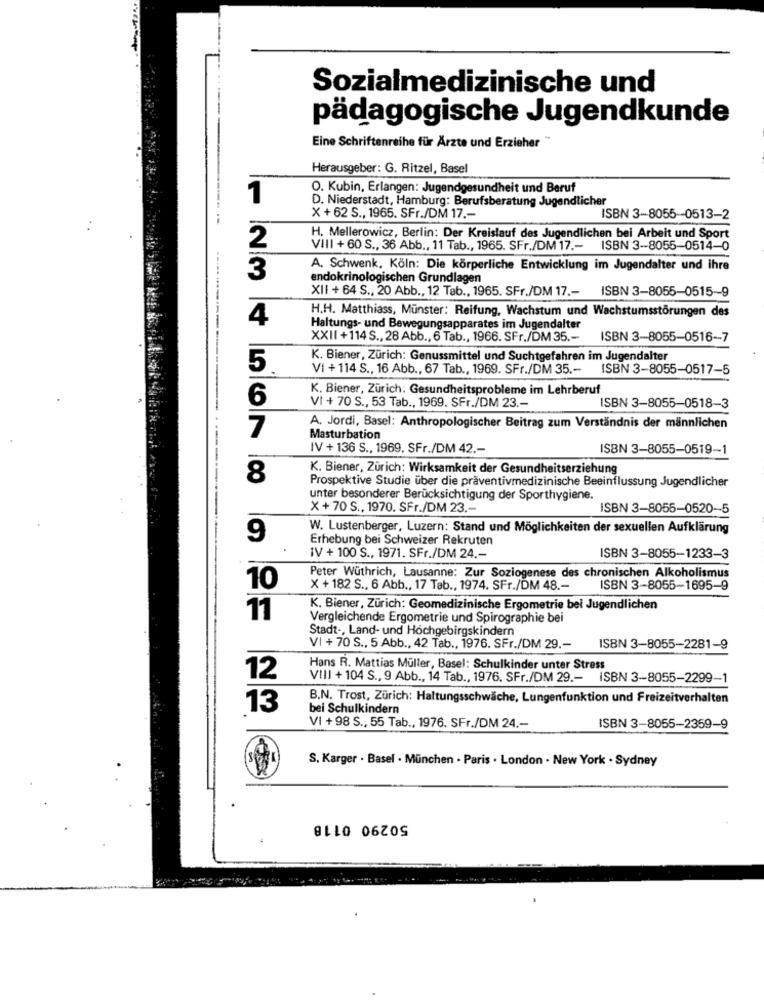
Sozialmedizinische und
pädagogische Jugendkunde
Eine Schriftenreihe für Ärzte und Erzieher **
Herausgeber: G. Ritzel, Basel
O. Kubin, Erlangen: Jugendgesundheit und Beruf
1
D. Niederstadt, Hamburg: Berufsberatung Jugendlicher
X +62 S ., 1965. SFr./DM 17 .-
ISBN 3-8055-0513-2
2
H. Mellerowicz, Berlin: Der Kreislauf des Jugendlichen bei Arbeit und Sport
VIII + 60 S ., 36 Abb ., 11 Tab ., 1965. SFr./DM 17 .- ISBN 3-8055-0514-0
3
A. Schwenk, Köln: Die körperliche Entwicklung im Jugendalter und ihre
endokrinologischen Grundlagen
XII + 64 S ., 20 Abb ., 12 Tab ., 1965. SFr./DM 17 .- ISBN 3-8055-0515-9
H.H. Matthiass, Münster: Reifung, Wachstum und Wachstumsstörungen des
4
-------
Haltungs- und Bewegungsapparates im Jugendalter
XXII +114 S ., 28 Abb ., 6 Tab ., 1966. SFr./DM 35 .-
ISBN 3-8055-0516-7
K. Biener, Zürich: Genussmittel und Suchtgefahren im Jugendalter
5
VI + 114 S ., 16 Abb ., 67 Tab ., 1969. SFr./DM 35 .- ISBN 3-8055-0517-5
K. Biener, Zürich: Gesundheitsprobleme im Lehrberuf
6
VI + 70 S ., 53 Tab ., 1969. SFr./DM 23 .-
ISBN 3-8055-0518-3
7
A. Jordi, Basel: Anthropologischer Beitrag zum Verständnis der männlichen
Masturbation
IV + 136 S ., 1969, SFr./DM 42 .-
ISBN 3-8055-0519-1
K. Biener, Zürich: Wirksamkeit der Gesundheitserziehung
8
Prospektive Studie über die präventivmedizinische Beeinflussung Jugendlicher
unter besonderer Berücksichtigung der Sporthygiene.
X + 70 S ., 1970. SFr./DM 23 .-
ISBN 3-8055-0520-5
W. Lustenberger, Luzern: Stand und Möglichkeiten der sexuellen Aufklärung
9
Erhebung bei Schweizer Rekruten
IV + 100 S ., 1971. SFr./DM 24 .-
ISBN 3-8055-1233-3
Peter Wüthrich, Lausanne: Zur Soziogenese des chronischen Alkoholismus
10
X + 182 S ., 6 Abb ., 17 Tab ., 1974. SFr./DM 48 .-
ISBN 3-8055-1695-9
K. Biener, Zürich: Geomedizinische Ergometrie bei Jugendlichen
11
Vergleichende Ergometrie und Spirographie bei
Stadt -, Land- und Hochgebirgskindern
VI + 70 S ., 5 Abb ., 42 Tab ., 1976. SFr./DM 29 ,-
ISBN 3-8055-2281-9
Hans R. Mattias Müller, Basel: Schulkinder unter Stress
12
VIII +104 S ., 9 Abb ., 14 Tab ., 1976. SFr./DM 29 .- ISBN 3-8055-2299-1
B.N. Trost, Zürich: Haltungsschwäche, Lungenfunktion und Freizeitverhalten
13
bei Schulkindern
VI +98 S ., 55 Tab ., 1976. SFr./DM 24 .-
ISBN 3-8055-2359-9
S. Karger . Basel - München - Paris . London . New York . Sydney
50290 0118